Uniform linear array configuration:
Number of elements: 4
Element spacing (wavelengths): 0.25
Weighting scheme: uniform
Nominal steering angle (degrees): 60
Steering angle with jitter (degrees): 58.271
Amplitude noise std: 0.05
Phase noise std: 0.05

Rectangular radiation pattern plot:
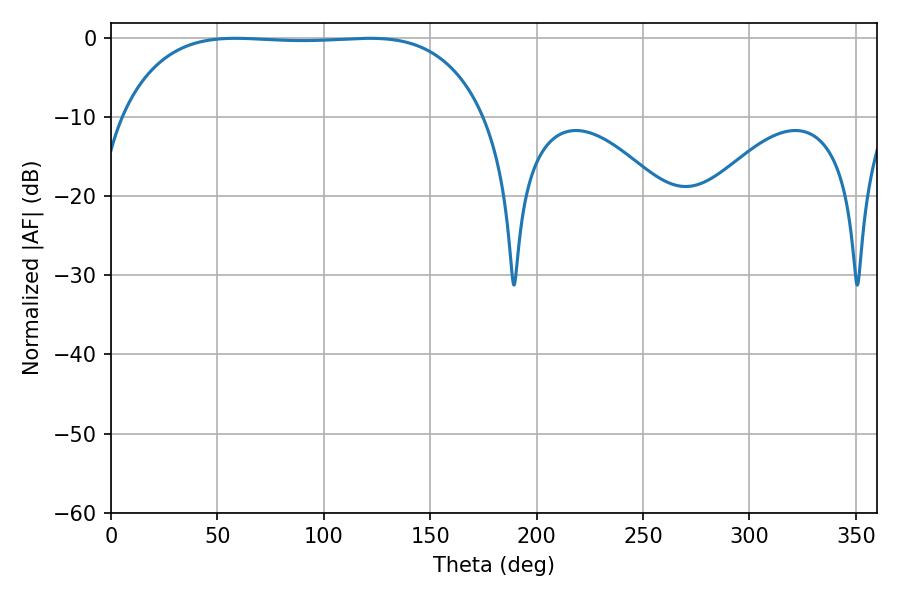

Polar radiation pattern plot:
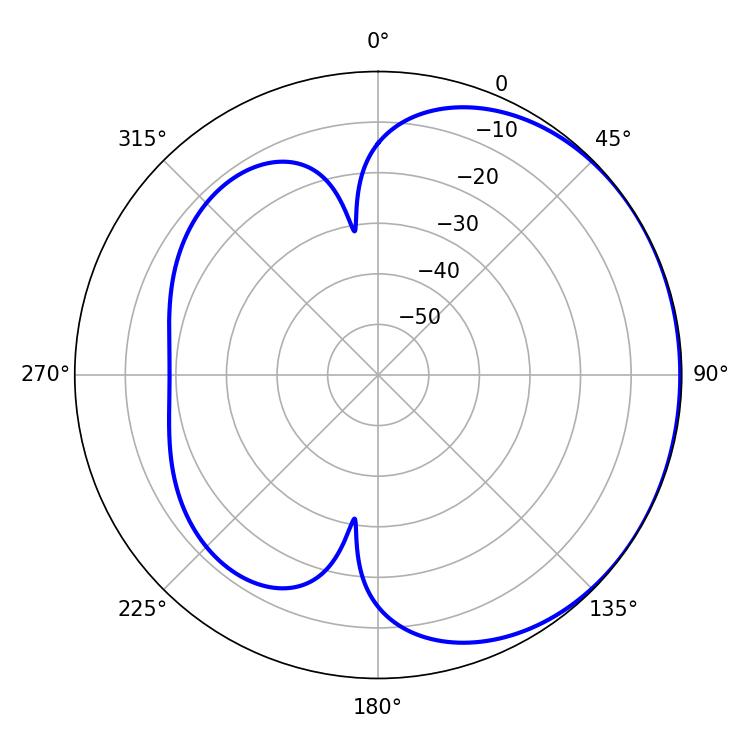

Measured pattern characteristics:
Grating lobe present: FALSE
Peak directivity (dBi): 0.763
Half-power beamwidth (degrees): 133.56
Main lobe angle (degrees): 58.5